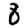
Digit: 8